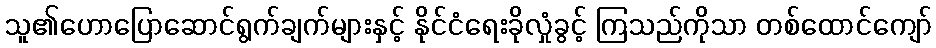
သူ၏ဟောပြောဆောင်ရွက်ချက်များနှင့် နိုင်ငံရေးခိုလှုံခွင့် ကြသည်ကိုသာ တစ်ထောင်ကျော်